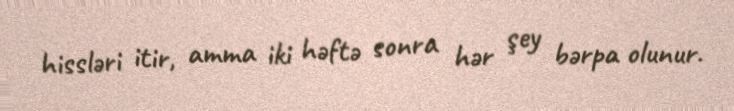
hissləri itir, amma iki həftə sonra hər şey bərpa olunur.